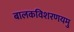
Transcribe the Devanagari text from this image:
बालकविशरणयमु